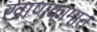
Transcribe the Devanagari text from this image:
खाणकामात